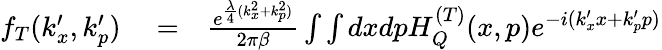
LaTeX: \begin{array}{rlr}{f_{T}(k_{x}^{\prime},k_{p}^{\prime})}&{{}=}&{\frac{e^{\frac{\lambda}{4}(k_{x}^{2}+k_{p}^{2})}}{2\pi\beta}\int\int dxdpH_{Q}^{(T)}(x,p)e^{-i(k_{x}^{\prime}x+k_{p}^{\prime}p)}}\end{array}